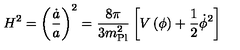
H ^ { 2 } = \left( { \frac { \dot { a } } { a } } \right) ^ { 2 } = { \frac { 8 \pi } { 3 m _ { \mathrm { P l } } ^ { 2 } } } \left[ V \left( \phi \right) + { \frac { 1 } { 2 } } \dot { \phi } ^ { 2 } \right]